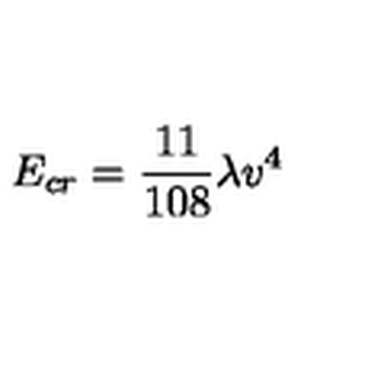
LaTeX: E _ { c r } = { \frac { 1 1 } { 1 0 8 } } \lambda v ^ { 4 }